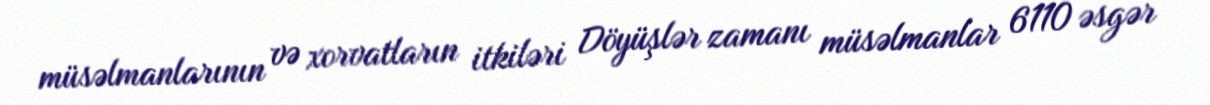
müsəlmanlarının və xorvatların itkiləri Döyüşlər zamanı müsəlmanlar 6110 əsgər